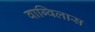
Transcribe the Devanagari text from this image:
वाग्विलास